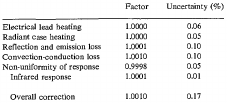
<table><thead><tr><td></td><td><b>Factor</b></td><td><b>Uncertainty (%)</b></td></tr></thead><tbody><tr><td>Electrical lead heating</td><td>1.0000</td><td>0.06</td></tr><tr><td>Radiant case heating</td><td>1.0000</td><td>0.05</td></tr><tr><td>Reflection and emission loss</td><td>1.0001</td><td>0.10</td></tr><tr><td>Convection-conduction loss</td><td>1.0010</td><td>0.10</td></tr><tr><td>Non-uniformity of response</td><td>0.9998</td><td>0.05</td></tr><tr><td> Infrared response</td><td>1.0001</td><td>0.01</td></tr><tr><td> Overall correction</td><td>1.0010</td><td>0.17</td></tr></tbody></table>